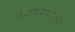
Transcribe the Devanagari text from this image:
वंशपरंपरेच्या